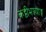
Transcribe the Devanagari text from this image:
कट्टीभञ्ज्याङ्ग